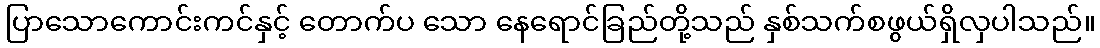
ပြာသောကောင်းကင်နှင့် တောက်ပ သော နေရောင်ခြည်တို့သည် နှစ်သက်စဖွယ်ရှိလှပါသည်။